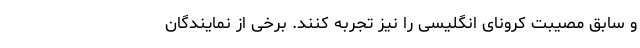
و سابق مصیبت‌ کرونای انگلیسی را نیز تجربه کنند. برخی از نمایندگان